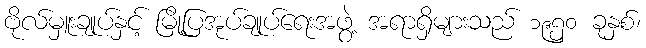
ဗိုလ်မှူးချုပ်နှင့် မြို့ပြအုပ်ချုပ်ရေးအဖွဲ့ အရာရှိများသည် ၁၉၅၀ ခုနှစ်၊